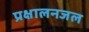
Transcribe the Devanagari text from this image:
प्रक्षालनजल